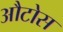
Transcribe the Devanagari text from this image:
औटोस